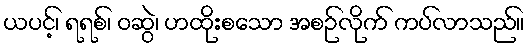
ယပင့်၊ ရရစ်၊ ဝဆွဲ၊ ဟထိုးစသော အစဉ်လိုက် ကပ်လာသည်။